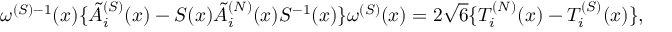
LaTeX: \omega ^ { ( S ) - 1 } ( x ) \{ \tilde { A } _ { i } ^ { ( S ) } ( x ) - S ( x ) \tilde { A } _ { i } ^ { ( N ) } ( x ) S ^ { - 1 } ( x ) \} \omega ^ { ( S ) } ( x ) = 2 \sqrt { 6 } \{ { \cal T } _ { i } ^ { ( N ) } ( x ) - { \cal T } _ { i } ^ { ( S ) } ( x ) \} ,